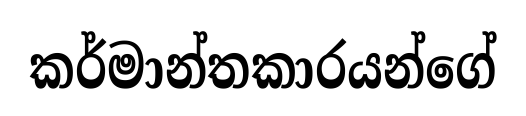
කර්මාන්තකාරයන්ගේ